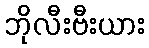
ဘိုလီးဗီးယား